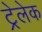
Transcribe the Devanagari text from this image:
ट्रेलेक